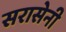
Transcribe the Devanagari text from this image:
सरासेनी